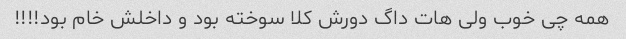
همه چی خوب ولی هات داگ دورش کلا سوخته بود و داخلش خام بود!!!!